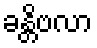
ခန္တိဗလာ